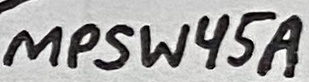
Text: MPSW45A